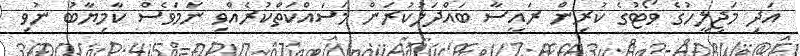
އަދި މަޖިލީހުގެ ވޯޓުގެ ކުރިން ރައީސާ ބައްދަލުކުރަން މަސައްކަތްކުރެއްވި ނަމަވެސް ކާމިޔާބު ނުވި